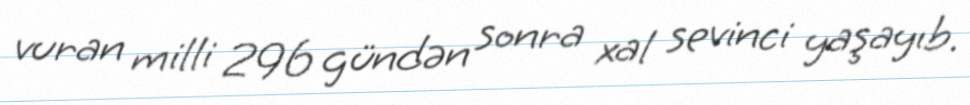
vuran milli 296 gündən sonra xal sevinci yaşayıb.